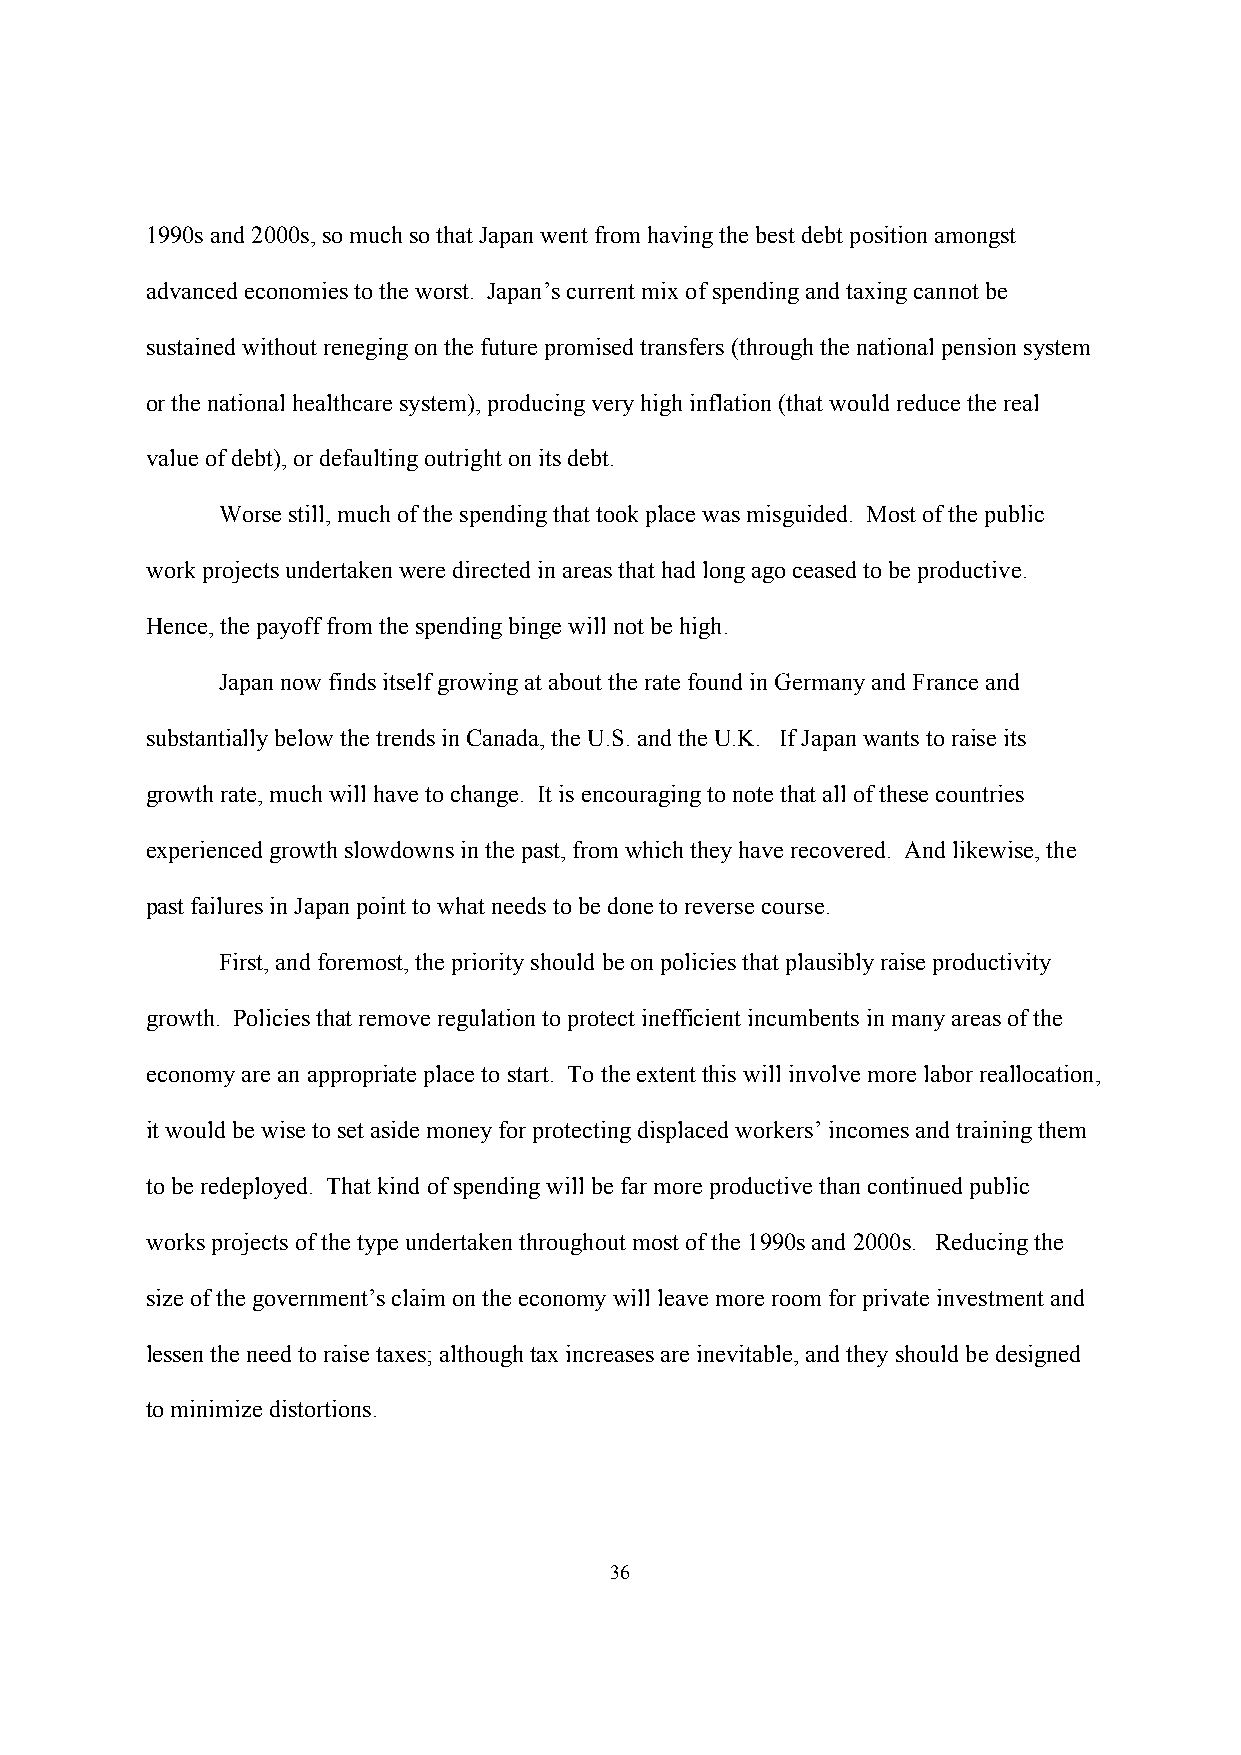
1990s and 2000s, so much so that Japan went from having the best debt position amongst
 advanced economies to the worst. Japan’s current mix of spending and taxing cannot be
 sustained without reneging on the future promised transfers (through the national pension system
 or the national healthcare system), producing very high inflation (that would reduce the real
 value of debt), or defaulting outright on its debt.
 Worse still, much of the spending that took place was misguided. Most of the public
 work projects undertaken were directed in areas that had long ago ceased to be productive.
 Hence, the payoff from the spending binge will not be high.
 Japan now finds itself growing at about the rate found in Germany and France and
 substantially below the trends in Canada, the U.S. and the U.K. If Japan wants to raise its
 growth rate, much will have to change. It is encouraging to note that all of these countries
 experienced growth slowdowns in the past, from which they have recovered. And likewise, the
 past failures in Japan point to what needs to be done to reverse course.
 First, and foremost, the priority should be on policies that plausibly raise productivity
 growth. Policies that remove regulation to protect inefficient incumbents in many areas of the
 economy are an appropriate place to start. To the extent this will involve more labor reallocation,
 it would be wise to set aside money for protecting displaced workers’ incomes and training them
 to be redeployed. That kind of spending will be far more productive than continued public
 works projects of the type undertaken throughout most of the 1990s and 2000s. Reducing the
 size of the government’s claim on the economy will leave more room for private investment and
 lessen the need to raise taxes; although tax increases are inevitable, and they should be designed
 to minimize distortions.
 36